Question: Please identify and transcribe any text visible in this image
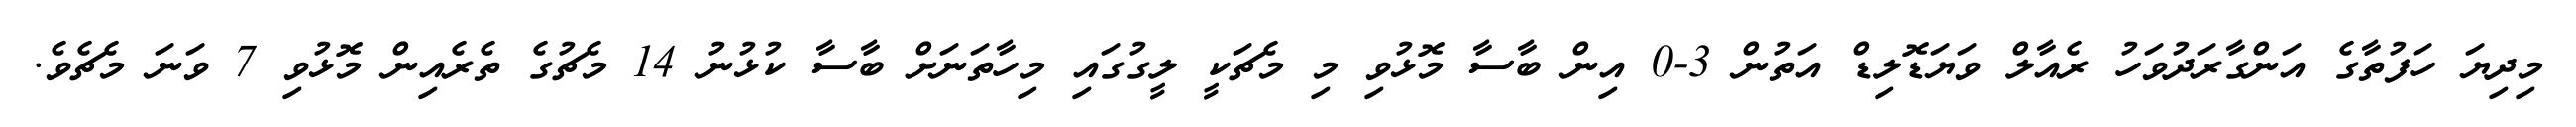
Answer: މިދިޔަ ހަފުތާގެ އަންގާރަދުވަހު ރެއާލް ވަޔަޑޮލިޑް އަތުން 3-0 އިން ބާސާ މޮޅުވި މި މެޗަކީ ލީގުގައި މިހާތަނަށް ބާސާ ކުޅުނު 14 މެޗުގެ ތެރެއިން މޮޅުވި 7 ވަނަ މެޗެވެ.